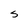
Character: S